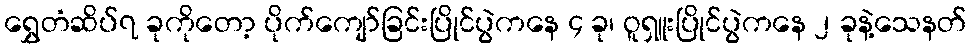
ရွှေတံဆိပ်၇ ခုကိုတော့ ပိုက်ကျော်ခြင်းပြိုင်ပွဲကနေ ၄ ခု၊ ဝူရှူးပြိုင်ပွဲကနေ ၂ ခုနဲ့သေနတ်